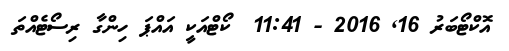
އޮކްޓޯބަރު 16